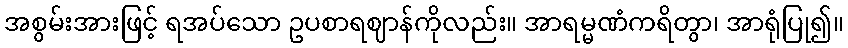
အစွမ်းအားဖြင့် ရအပ်သော ဥပစာရဈာန်ကိုလည်း။ အာရမ္မဏံကရိတွာ၊ အာရုံပြု၍။